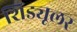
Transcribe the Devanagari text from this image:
शिड्यूलर